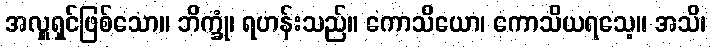
အလှူရှင်ဖြစ်သော။ ဘိက္ခုံ၊ ရဟန်းသည်။ ကောသိယော၊ ကောသိယရသေ့။ အသိ၊